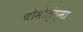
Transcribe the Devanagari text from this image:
चोमोलुंग्मा